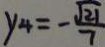
y _ { 4 } = - \frac { \sqrt { 2 1 } } { 7 }